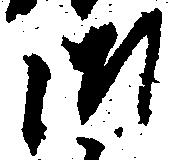
御